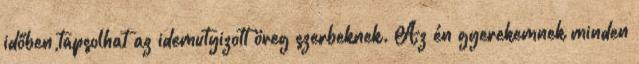
időben,tapsolhat az idemutyizott öreg szerbeknek. Az én gyerekemnek minden